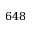
6 4 8